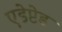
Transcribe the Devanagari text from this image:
एडेप्टेड